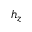
h _ { z }